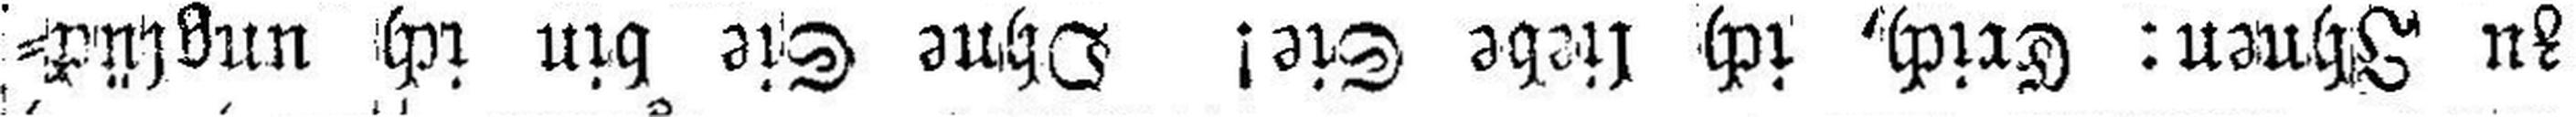
zu Ihnen: Erich, ich liebe Sie! Ohne Sie bin ich unglück¬